Scottish Leaving Certificate Examination, 1956
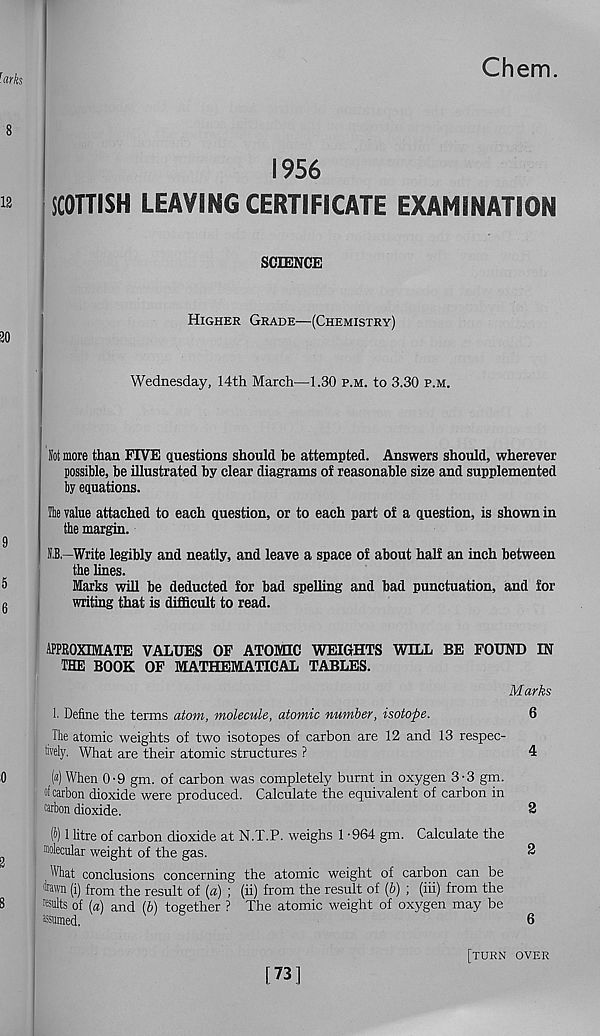
1956
SCOTTISH LEAVING CERTIFICATE EXAMINATION
SCIENCE
Higher Grade—(Chemistry)
Wednesday, 14th March—1.30 p.m. to 3.30 p.m.
Jot more than FIVE questions should be attempted. Answers should, wherever
possible, be illustrated by clear diagrams of reasonable size and supplemented
by equations.
The value attached to each question, or to each part of a question, is shown in
the margin.
O—Write legibly and neatly, and leave a space of about half an inch between
the lines.
Marks will be deducted for bad spelling and bad punctuation, and for
writing that is difficult to read.
approximate values of atomic weights will be found in
the book of mathematical tables.
Marks
1 Define the terms atom, molecule, atomic number, isotope.
6
The atomic weights of two isotopes of carbon are 12 and 13 respec-
tively. What are their atomic structures ?
4
(«) When 0’9 gm. of carbon was completely burnt in oxygen 3-3 gm.
»f carbon dioxide were produced. Calculate the equivalent of carbon in
carbon dioxide.
2
(A) 1 litre of carbon dioxide at N.T.P. weighs 1 -964 gm. Calculate the
Molecular weight of the gas.
2
What conclusions concerning the atomic weight of carbon can be
fewn (i) from the result of [a) ; (ii) from the result of (b) ; (hi) from the
"suits of (a) and (b) together ? The atomic weight of oxygen may be
assumed.
6
[73]
[turn over